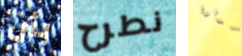
بأن نطرح تحولوا